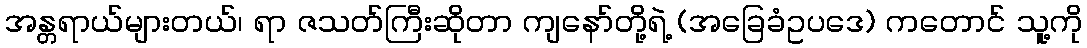
အန္တရာယ်များတယ်၊ ရာ ဇသတ်ကြီးဆိုတာ ကျနော်တို့ရဲ့ (အခြေခံဥပဒေ) ကတောင် သူ့ကို